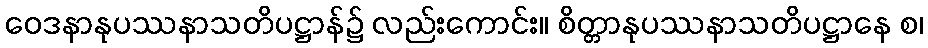
ဝေဒနာနုပဿနာသတိပဋ္ဌာန်၌ လည်းကောင်း။ စိတ္တာနုပဿနာသတိပဋ္ဌာနေ စ၊